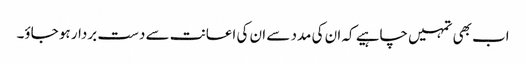
اب بھی تمہیں چاہیے کہ ان کی مدد سے ان کی اعانت سے دست بردار ہو جاؤ۔